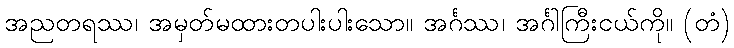
အညတရဿ၊ အမှတ်မထားတပါးပါးသော။ အင်္ဂဿ၊ အင်္ဂါကြီးငယ်ကို။ (တံ)